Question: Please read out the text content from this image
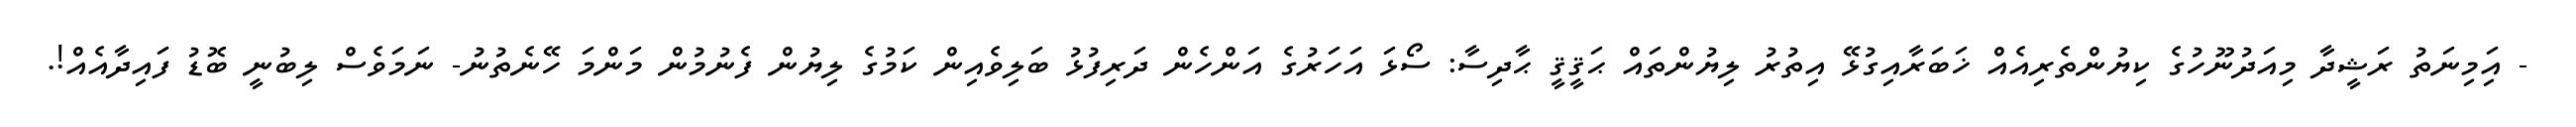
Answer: - އަިމިނަތު ރަޝީދާ މިއަދުނޫހުގެ ކިޔުންތެރިއެއް ޚަބަރާއިގުޅޭ އިތުރު ލިޔުންތައް ޙަޤީޤީ ޙާދިސާ: ސޯޅަ އަހަރުގެ އަންހެން ދަރިފުޅު ބަލިވެއިން ކަމުގެ ލިޔުން ފެނުމުން މަންމަ ހޭނެތުނު- ނަމަވެސް ލިބުނީ ބޮޑު ފައިދާއެއް!.